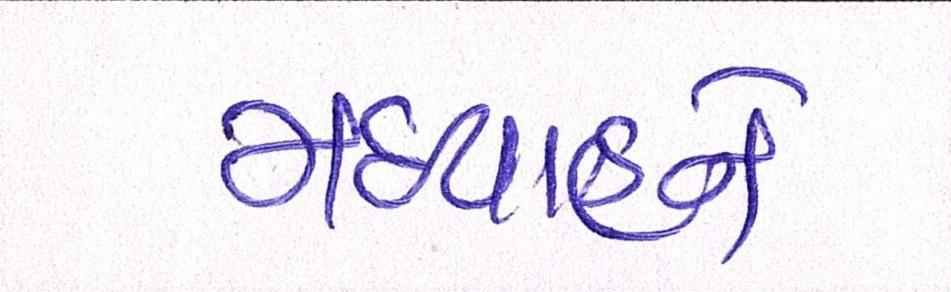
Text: મધ્યાહ્ને